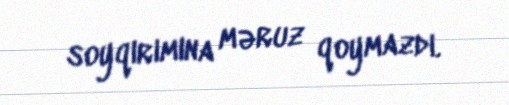
soyqırımına məruz qoymazdı.